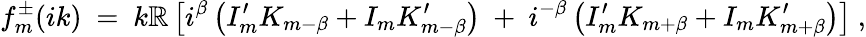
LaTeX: f_{m}^{\pm}(ik)\ =\ k\mathbb{R}\left[i^{\beta}\left(I_{m}^{\prime}K_{m-\beta}+I_{m}K_{m-\beta}^{\prime}\right)\ +\ i^{-\beta}\left(I_{m}^{\prime}K_{m+\beta}+I_{m}K_{m+\beta}^{\prime}\right)\right]\ ,